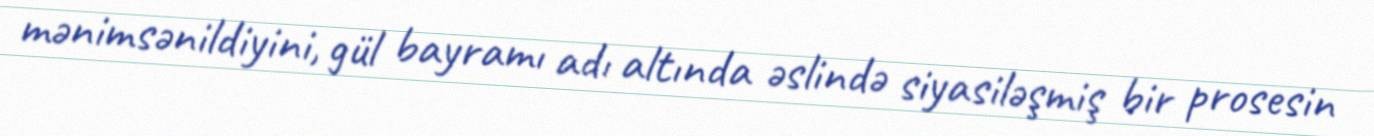
mənimsənildiyini, gül bayramı adı altında əslində siyasiləşmiş bir prosesin